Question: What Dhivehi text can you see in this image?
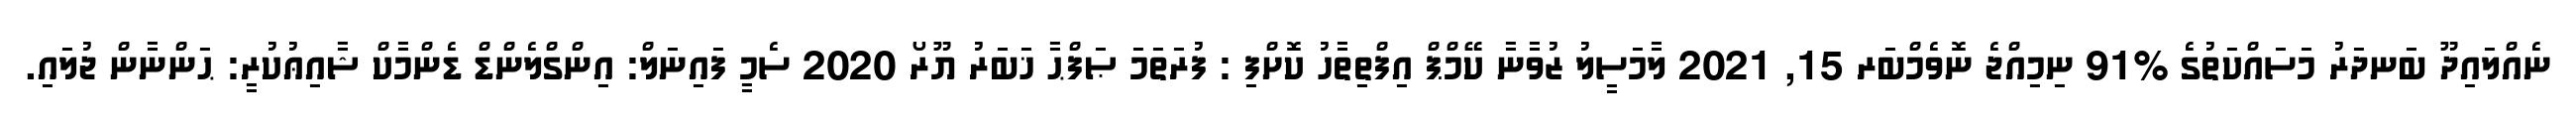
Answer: ނެއްލައިދޫ ބަނދަރު މަސައްކަތުގެ %91 ނިމިއްޖެ ނޮވެމްބަރ 15, 2021 ލާމަސީލު ޒުވާނާ ކޭމްޕް އިފްތިތާހު ކޮށްފި : ފުރަތަމަ ޞަފްޙާ ޚަބަރު ޔޫރޯ 2020 ސެމީ ފައިނަލް: އިންގްލެންޑް ޑެންމާކް ޝާއިޢުކުރީ: ޙަންނާން ޖުލައި.